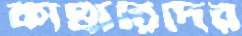
কাণ্ডারিদের